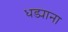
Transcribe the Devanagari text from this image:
धड्याना